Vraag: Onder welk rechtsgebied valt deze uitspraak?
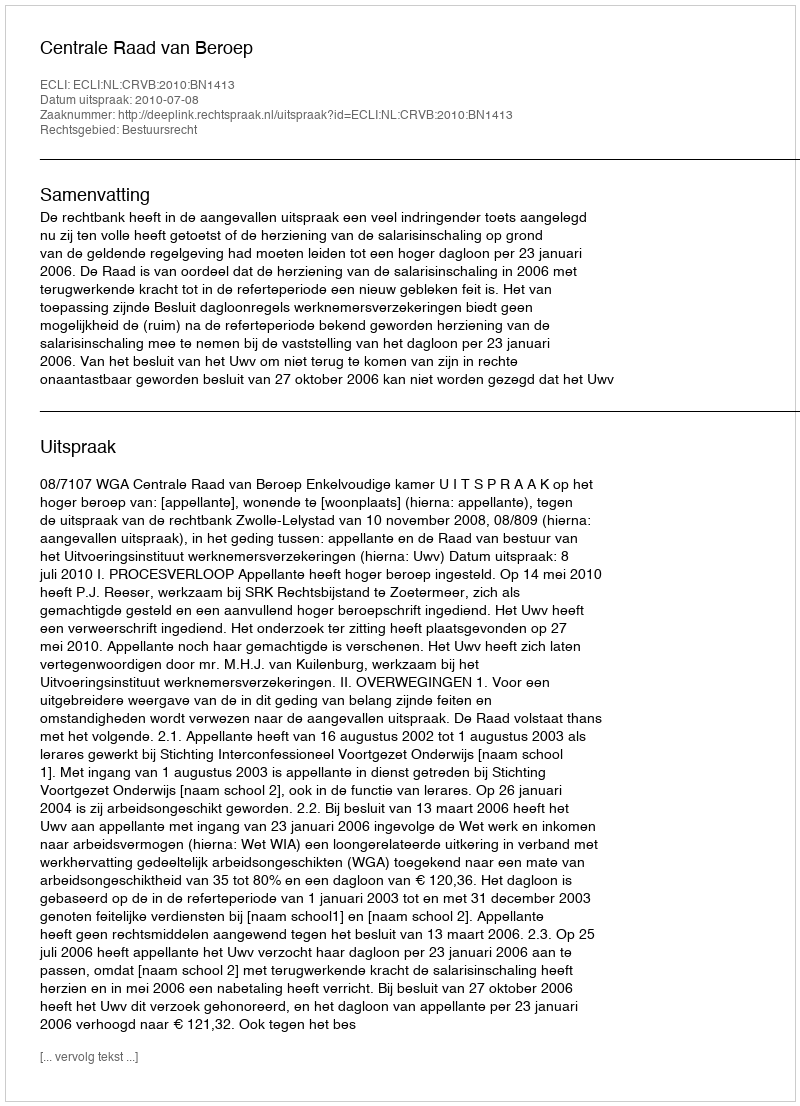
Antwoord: Bestuursrecht